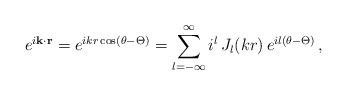
LaTeX: \begin{align*}e^{i {\bf k \cdot r}}=e^{i k r \cos(\theta - \Theta)}=\sum_{l=-\infty}^{\infty}i^l\,J_l(kr)\,e^{i l (\theta - \Theta)}\,,\end{align*}